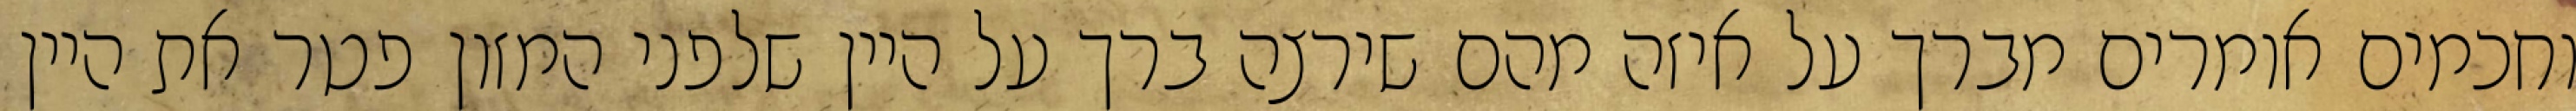
וחכמים אומרים מברך על איזה מהם שירצה ברך על היין שלפני המזון פטר את היין